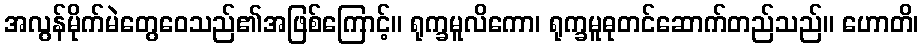
အလွန်မိုက်မဲတွေဝေသည်၏အဖြစ်ကြောင့်။ ရုက္ခမူလိကော၊ ရုက္ခမူဓုတင်ဆောက်တည်သည်။ ဟောတိ၊